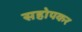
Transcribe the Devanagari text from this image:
सहोपकर